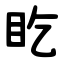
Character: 盵